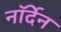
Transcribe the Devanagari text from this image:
नॉर्देन